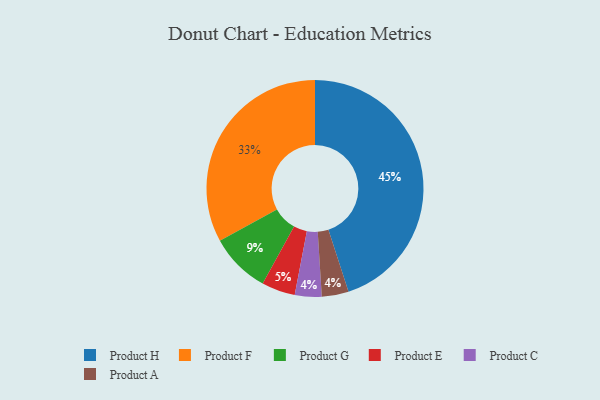
{"axis": {"x": "Category", "y": "Percentage"}, "legend": ["Product A", "Product C", "Product E", "Product F", "Product G", "Product H"], "data": [{"x": "Product F", "y": 33, "type": "Product F"}, {"x": "Product C", "y": 4, "type": "Product C"}, {"x": "Product A", "y": 4, "type": "Product A"}, {"x": "Product H", "y": 45, "type": "Product H"}, {"x": "Product G", "y": 9, "type": "Product G"}, {"x": "Product E", "y": 5, "type": "Product E"}]}